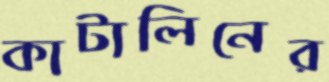
কাটালিনের